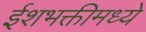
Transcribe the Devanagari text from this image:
ईशभक्तीमध्ये